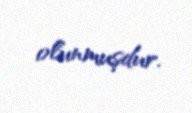
olunmuşdur.